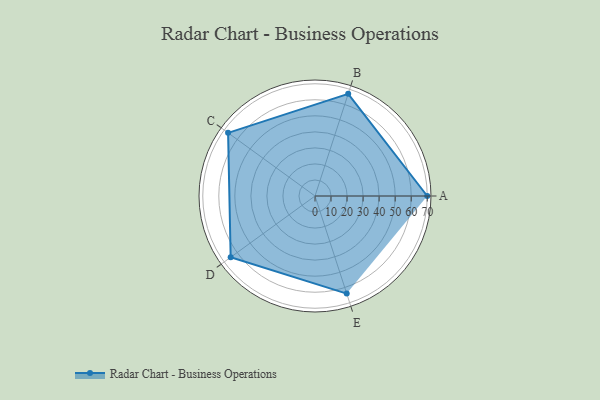
{"axis": {"x": "Skill", "y": "Score"}, "legend": ["Profile"], "data": [{"x": "A", "y": 70.0, "type": "Profile"}, {"x": "B", "y": 67.0, "type": "Profile"}, {"x": "C", "y": 67.0, "type": "Profile"}, {"x": "D", "y": 65.0, "type": "Profile"}, {"x": "E", "y": 64.0, "type": "Profile"}]}